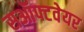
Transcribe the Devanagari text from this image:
सऑफ्टवेयर